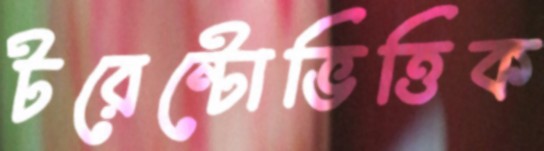
টরেন্টোভিত্তিক